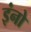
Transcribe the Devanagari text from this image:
इंनो